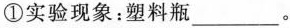
①实验现象：塑料瓶___。